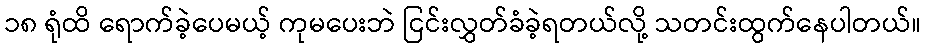
၁၈ ရုံထိ ရောက်ခဲ့ပေမယ့် ကုမပေးဘဲ ငြင်းလွှတ်ခံခဲ့ရတယ်လို့ သတင်းထွက်နေပါတယ်။